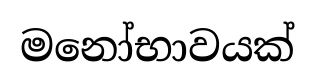
මනෝභාවයක්